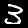
Label: 3